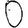
Digit: 0